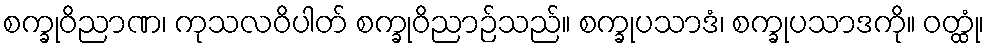
စက္ခုဝိညာဏ၊ ကုသလဝိပါတ် စက္ခုဝိညာဉ်သည်။ စက္ခုပသာဒံ၊ စက္ခုပသာဒကို။ ဝတ္ထုံ၊